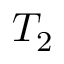
T _ { 2 }